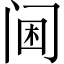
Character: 阃